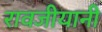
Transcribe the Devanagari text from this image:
रावजीयानी